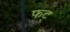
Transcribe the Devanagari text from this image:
फट्